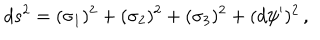
d s ^ { 2 } = ( \sigma _ { 1 } ) ^ { 2 } + ( \sigma _ { 2 } ) ^ { 2 } + ( \sigma _ { 3 } ) ^ { 2 } + ( d \psi ^ { \prime } ) ^ { 2 } \, ,